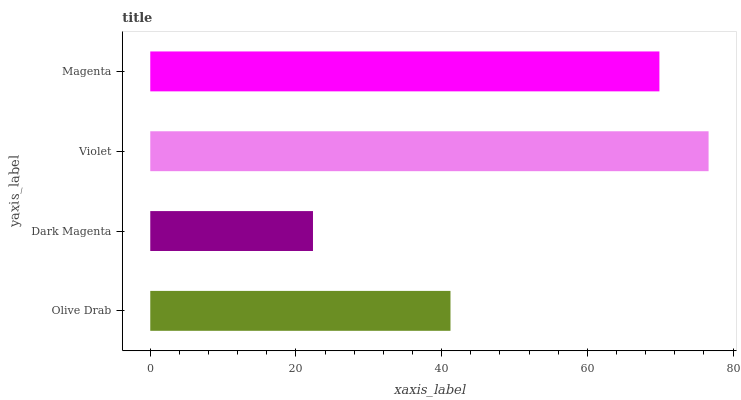
| yaxis_label | bars |
 | --- | --- |
 | Olive Drab | 41.2 |
 | Dark Magenta | 22.3 |
 | Violet | 76.6 |
 | Magenta | 69.9 |